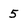
Character: 5